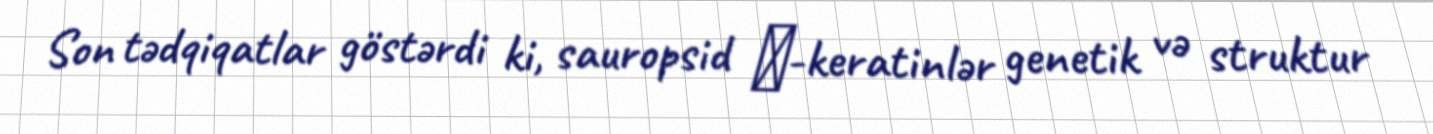
Son tədqiqatlar göstərdi ki, sauropsid β-keratinlər genetik və struktur